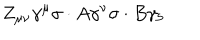
Z _ { \mu \nu } \gamma ^ { \mu } \sigma \cdot A \gamma ^ { \nu } \sigma \cdot B \gamma _ { 5 }